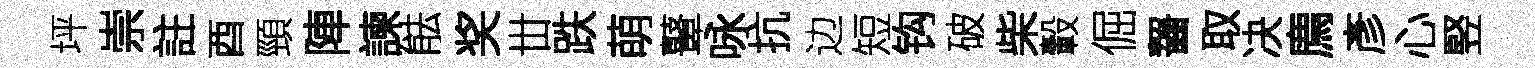
坪崇註酉頸陣諫䏻奖丗跌萌鼙咏抗边短钩破柴轂倔齧取决廌彥心竪